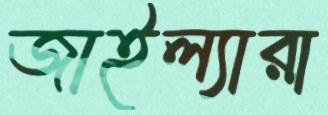
জাইল্যারা